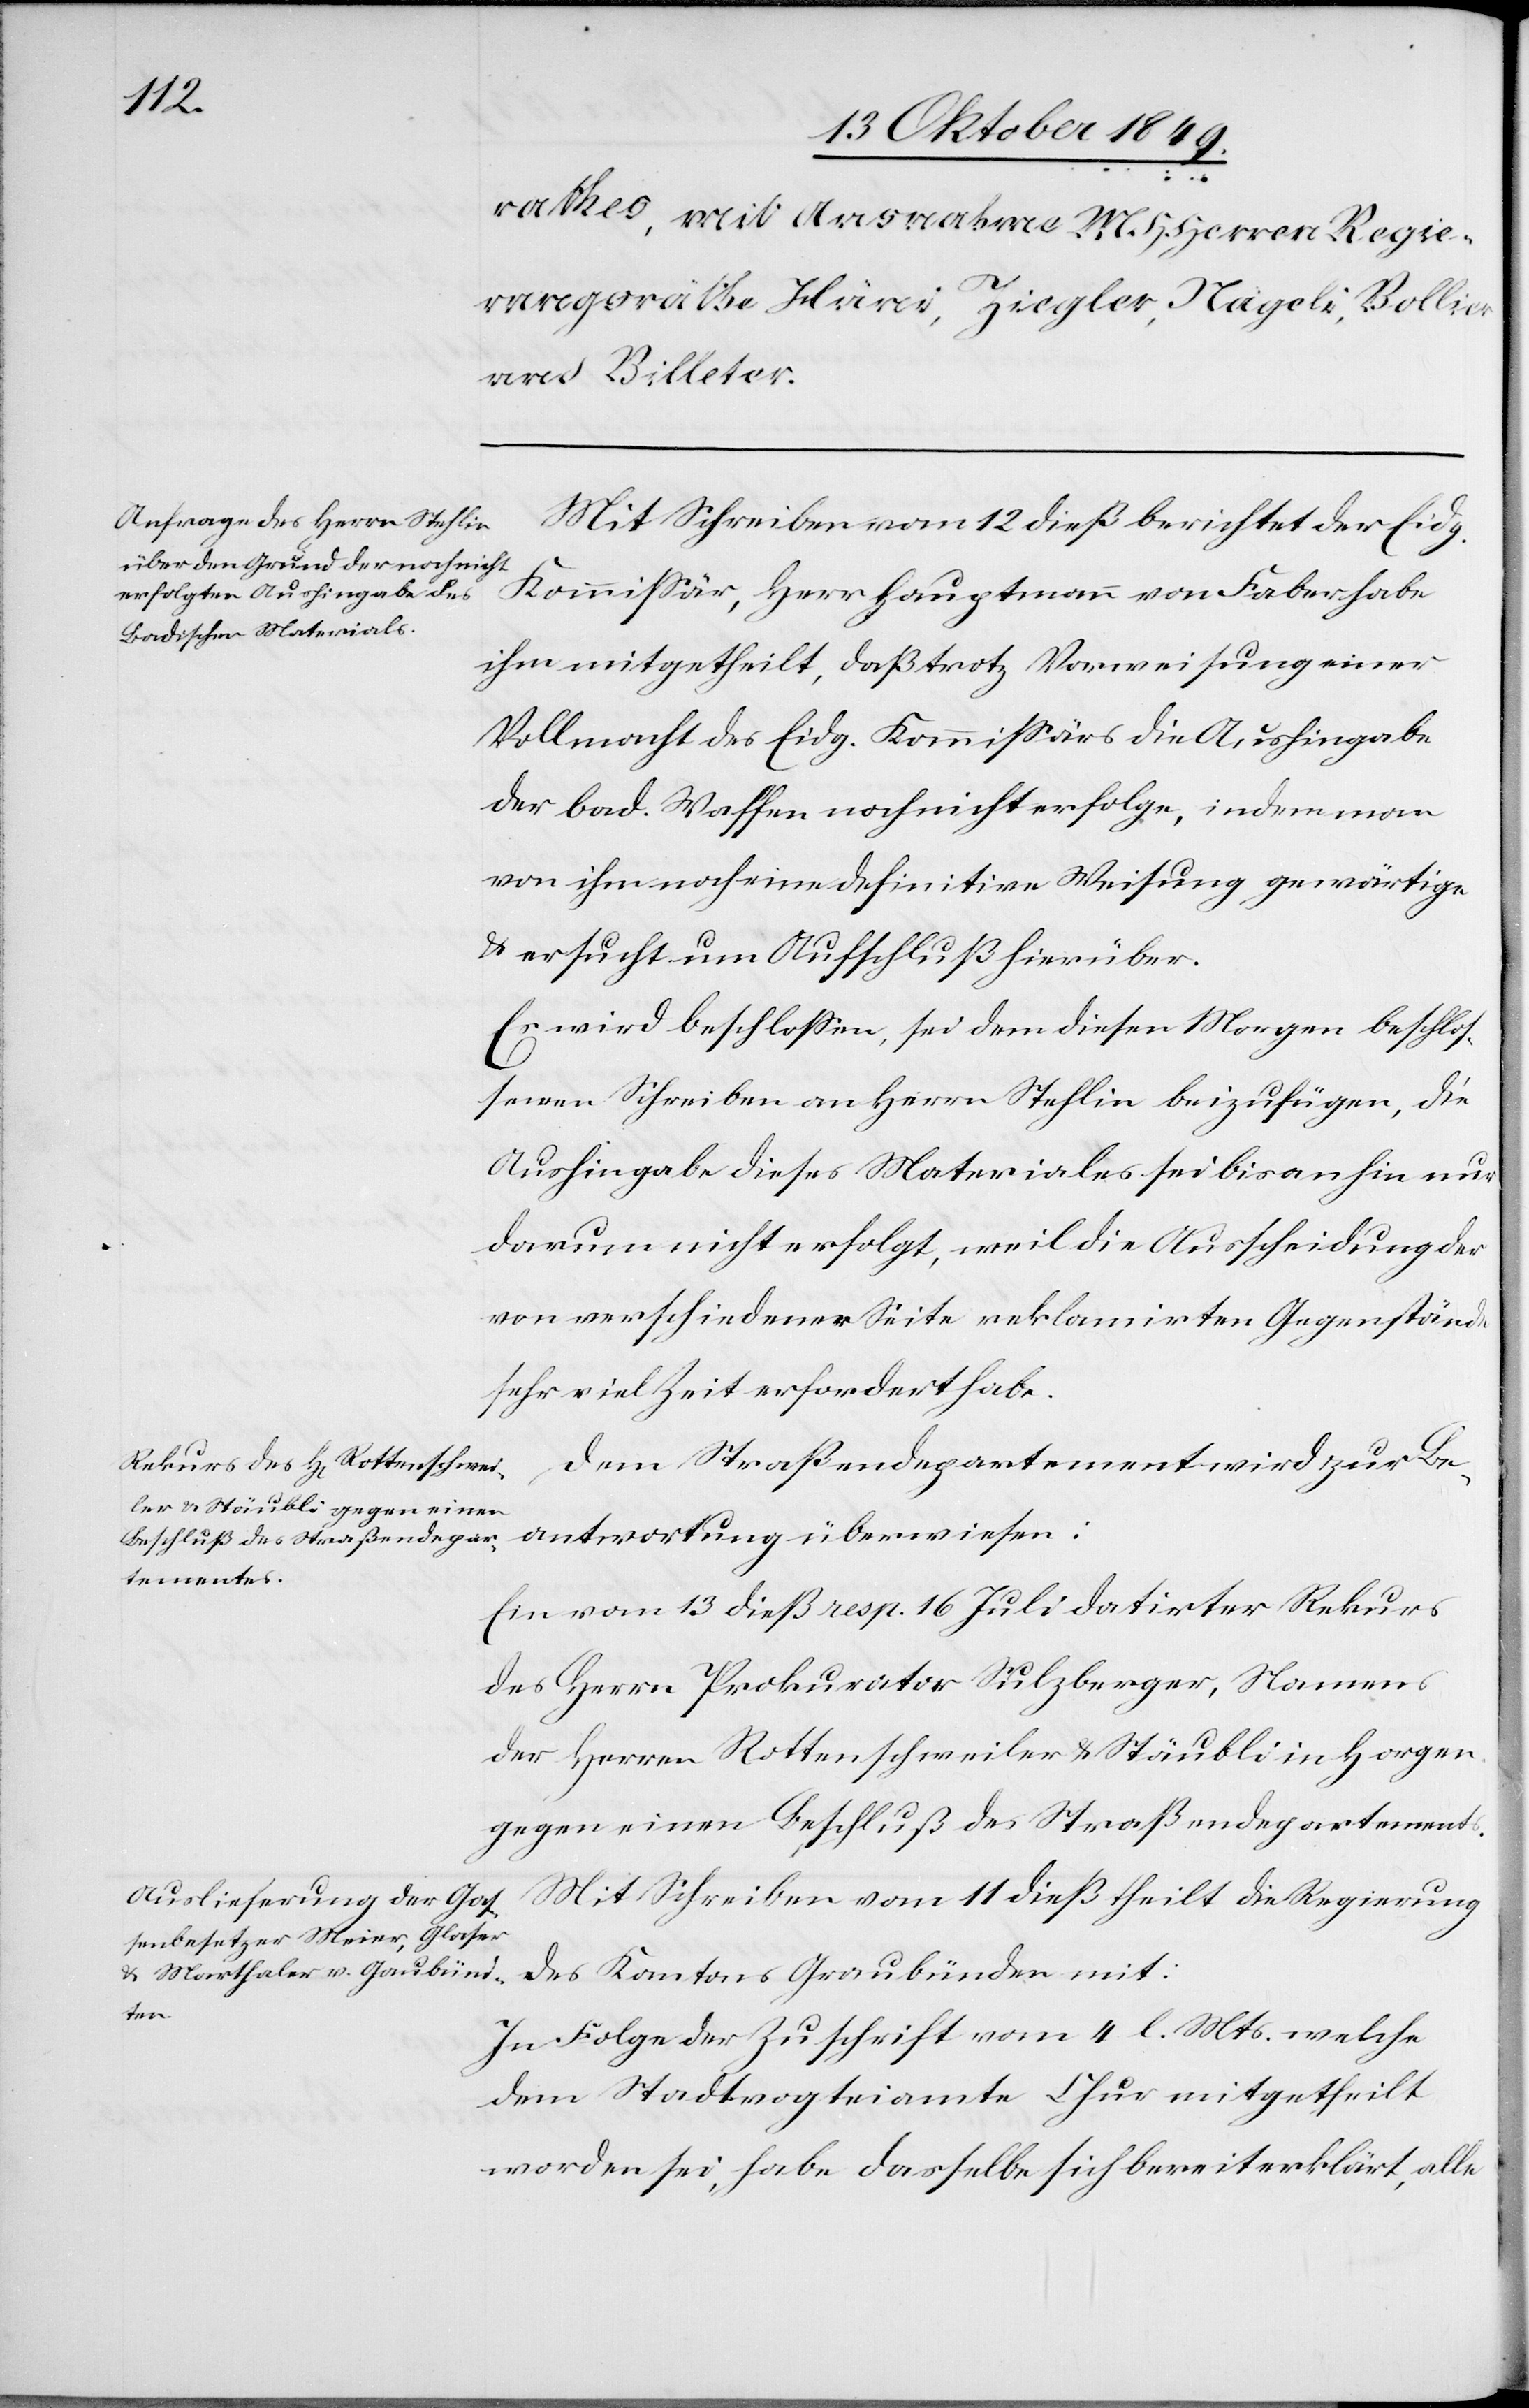
Mit Schreiben vom 12 dieß berichtet der Eidg.
Kommißär, Herr Hauptmann von Faber habe
ihm mitgetheilt, daß trotz Vorweisung einer
Vollmacht des Eidg. Kommißärs die Aushingabe
der bad. Waffen noch nicht erfolge, indem man
von ihm noch eine definitive Weisung gewärtige
u. ersucht um Aufschluß hierüber.
Es wird beschloßen, sei dem diesen Morgen beschlos¬
senen Schreiben an Herrn Stehlin beizufügen, die
Aushingabe dieses Materiales sei bisanhin nur
darum nicht erfolgt, weil die Ausscheidung der
von verschiedener Seite reklamirten Gegenstände
sehr viel Zeit erfordert habe.
Dem Straßendepartement wird zur Be¬
antwortung überwiesen:
Ein vom 13 dieß resp. 16 Juli datirter Rekurs
des Herrn Prokurator Sulzberger, Namens
der Herren Rottenschweiler u. Stäubli in Horgen
gegen einen Beschluß des Straßendepartements.
Mit Schreiben vom 11 dieß theilt die Regierung
des Kantons Graubünden mit:
In Folge der Zuschrift vom 4. l. M. welche
dem Stadtvogteiamte Chur mitgetheilt
worden sei, habe dasselbe sich bereit erklärt, alle